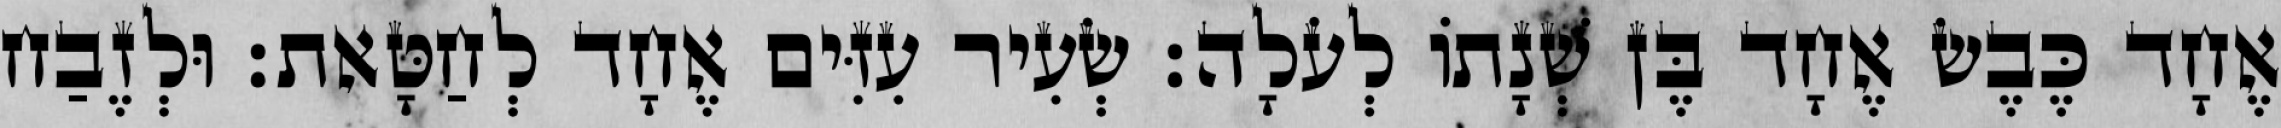
אֶחָד כֶּבֶשׂ אֶחָד בֶּן שְׁנָתוֹ לְעֹלָה׃ שְׂעִיר עִזִּים אֶחָד לְחַטָּאת׃ וּלְזֶבַח